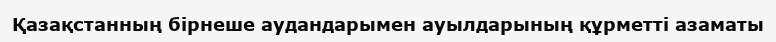
Қазақстанның бірнеше аудандарымен ауылдарының құрметті азаматы